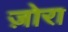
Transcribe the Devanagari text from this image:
ज़ोरा